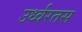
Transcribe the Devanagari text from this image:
उर्ध्वरतस